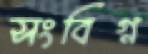
সংবিগ্ন